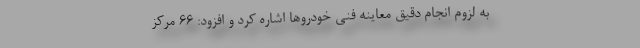
به لزوم انجام دقیق معاینه فنی خودروها اشاره کرد و افزود: ۶۶ مرکز